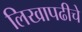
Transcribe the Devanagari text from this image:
लिखापढीचे